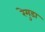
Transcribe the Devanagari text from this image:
रेमुडा